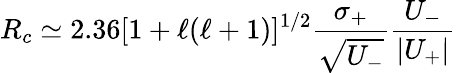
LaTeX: R_{c}\simeq 2.36[1+\ell(\ell+1)]^{1/2}\frac{\sigma_{+}}{{\sqrt{U_{-}}}}\frac{U_{-}}{|U_{+}|}